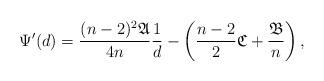
LaTeX: \begin{align*}\Psi'(d)=\frac{(n-2)^2 \mathfrak{A} }{4n} \frac{1}{d}-\left(\frac{n-2}{2}\mathfrak{C}+\frac{\mathfrak{B}}{n}\right),\end{align*}